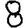
Digit: 8